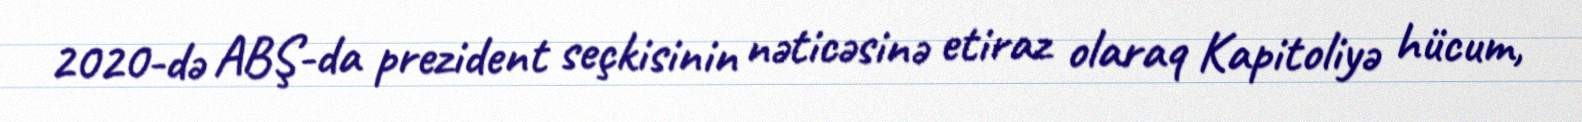
2020-də ABŞ-da prezident seçkisinin nəticəsinə etiraz olaraq Kapitoliyə hücum,